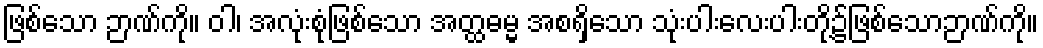
ဖြစ်သော ဉာဏ်ကို။ ဝါ၊ အလုံးစုံဖြစ်သော အတ္ထဓမ္မ အစရှိသော သုံးပါးလေးပါးတို့၌ဖြစ်သောဉာဏ်ကို။